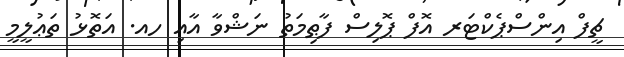
ޗީފް އިންސްޕެކްޓަރ އޮފް ޕޮލިސް ފާޠިމަތު ނަޝްވާ އާއި ހއ. އަތޮޅު ތަޢުލީމީ